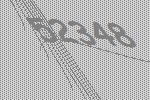
52348